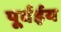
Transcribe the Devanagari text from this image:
पूर्वईय